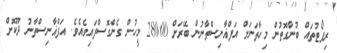
ރިޕޯޓުތައް ބުނާގޮތުން މިހާތަނަށް އަފްޣާނިސްތާނުން ބޭރަށް 28000 މީހުން ގެންގޮސްފައިވެއެވެ. އަފްޣާނިސްތާނު ދޫކޮށް